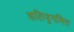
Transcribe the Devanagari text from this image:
कलियुगमित